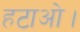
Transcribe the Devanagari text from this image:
हटाओ।